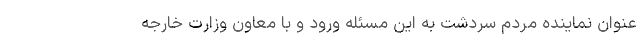
عنوان نماینده مردم سردشت به این مسئله ورود و با معاون وزارت خارجه